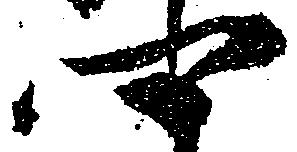
卿